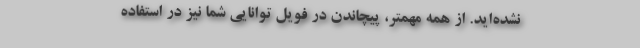
نشده‌اید. از همه مهمتر، پیچاندن در فویل توانایی شما نیز در استفاده